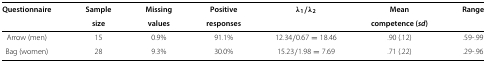
<table><thead><tr><td><b>Questionnaire</b></td><td><b>Sample</b></td><td><b>Missing</b></td><td><b>Positive</b></td><td><b><i>λ</i><sub>1</sub>/<i>λ</i><sub>2</sub></b></td><td><b>Mean</b></td><td><b>Range</b></td></tr><tr><td><b> </b></td><td><b>size</b></td><td><b>values</b></td><td><b>responses</b></td><td><b> </b></td><td><b>competence (<i>sd</i>)</b></td><td><b> </b></td></tr></thead><tbody><tr><td>Arrow (men)</td><td>15</td><td>0.9%</td><td>91.1%</td><td>12.34/0.67 = 18.46</td><td>.90 (.12)</td><td>.59-.99</td></tr><tr><td>Bag (women)</td><td>28</td><td>9.3%</td><td>30.0%</td><td>15.23/1.98 = 7.69</td><td>.71 (.22)</td><td>.29-.96</td></tr></tbody></table>